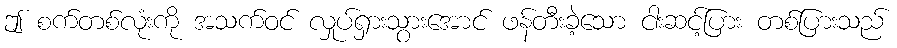
ဤ စက်တစ်လုံးကို အသက်ဝင် လှုပ်ရှားသွားအောင် ဖန်တီးခဲ့သော ငါးဆင့်ပြား တစ်ပြားသည်